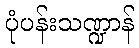
ပုံပန်းသဏ္ဍာန်